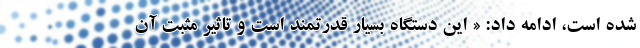
شده است، ادامه داد:‌ « این دستگاه بسیار قدرتمند است و تاثیر مثبت آن